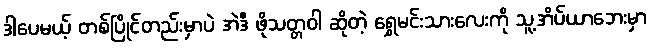
ဒါပေမယ့် တစ်ပြိုင်တည်းမှာပဲ အဲဒီ ဖိုသတ္တဝါ ဆိုတဲ့ ရွှေမင်းသားလေးကို သူ့အိပ်ယာဘေးမှာ